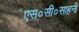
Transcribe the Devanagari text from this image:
एस०सी०साहनी